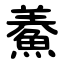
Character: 鯗